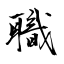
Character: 職